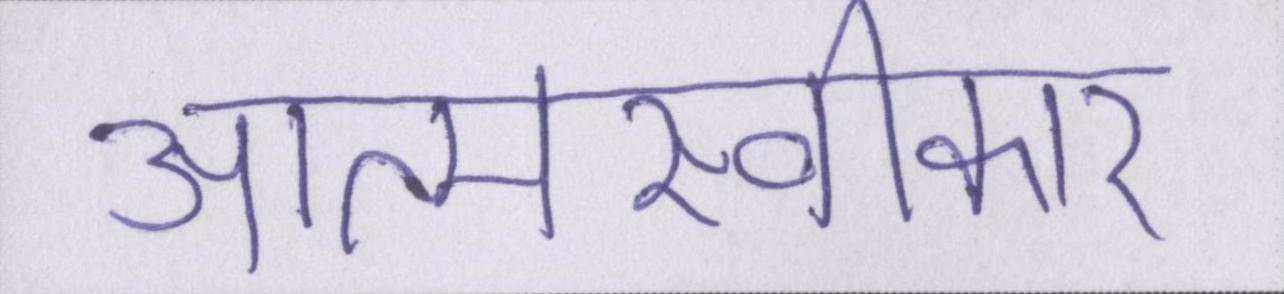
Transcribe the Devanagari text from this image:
आत्मस्वीकार